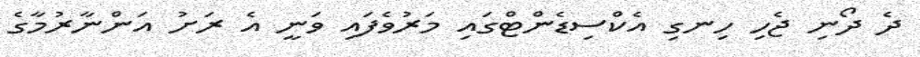
ދެ ދޯނި ޖެހި ހިނގި އެކްސިޑެންޓްގައި މަރުވެފައި ވަނީ އެ ރަށު އަންނާރުމާގެ